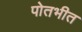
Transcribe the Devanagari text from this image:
पोतभीत